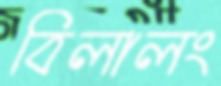
বিলালং